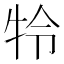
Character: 㸳